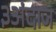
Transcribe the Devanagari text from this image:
३अंदाज